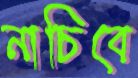
নাচিবে